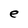
Character: e